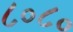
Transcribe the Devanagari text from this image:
८०८०